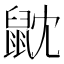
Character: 𪔽